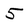
Character: 5